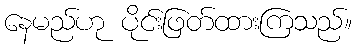
နေမည်ဟု ပိုင်းဖြတ်ထားကြသည်။